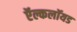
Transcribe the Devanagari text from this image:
ऍल्कलॉयड